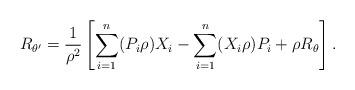
LaTeX: \begin{gather*}R_{\theta'} = \frac{1}{\rho^2}\left[\sum_{i=1}^n (P_i\rho)X_i - \sum_{i=1}^n (X_i\rho)P_i + \rho R_{\theta}\right].\end{gather*}